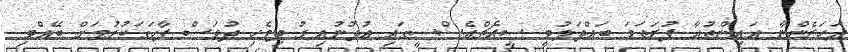
އަހަރެންނާ އައިންތުއާ ފުރަތަމަ ބައްދަލުވީ ސީއެޗްއެސްސީގައި އުޅުނުއިރު ދިވެހި ދުވަސް ފާހަގަކުރުމަށް ބޭއްވި